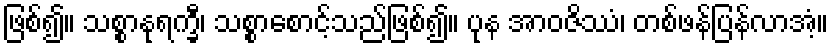
ဖြစ်၍။ သစ္စာနုရက္ခီ၊ သစ္စာစောင့်သည်ဖြစ်၍။ ပုန အာဝဇိဿံ၊ တစ်ဖန်ပြန်လာအံ့။